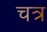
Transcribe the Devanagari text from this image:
चत्र